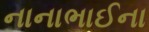
નાનાભાઈના